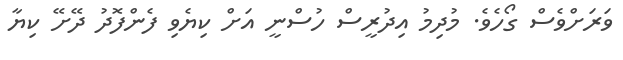
ވަރަށްވެސް ގޯހެވެ. މުދިމު އިދުރީސް ހުސްނީ އަށް ކިޔެވި ފެންފޮދު ދޭށޭ ކިޔާ